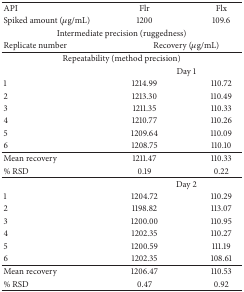
| API | Flr | Flx |
 | Spiked amount (μg/mL) | 1200 | 109.6 |
 | <COLSPAN=3> Intermediate precision (ruggedness) |
 | Replicate number | <COLSPAN=2> Recovery (μg/mL) |
 | --- | --- | --- |
 | <COLSPAN=3> Repeatability (method precision) |
 |  | <COLSPAN=2> Day 1 |
 | 1 | 1214.99 | 110.72 |
 | 2 | 1213.30 | 110.49 |
 | 3 | 1211.35 | 110.33 |
 | 4 | 1210.77 | 110.26 |
 | 5 | 1209.64 | 110.09 |
 | 6 | 1208.75 | 110.10 |
 | Mean recovery | 1211.47 | 110.33 |
 | % RSD | 0.19 | 0.22 |
 |  | <COLSPAN=2> Day 2 |
 | 1 | 1204.72 | 110.29 |
 | 2 | 1198.82 | 113.07 |
 | 3 | 1200.00 | 110.95 |
 | 4 | 1202.35 | 110.27 |
 | 5 | 1200.59 | 111.19 |
 | 6 | 1202.35 | 108.61 |
 | Mean recovery | 1206.47 | 110.53 |
 | % RSD | 0.47 | 0.92 |